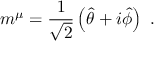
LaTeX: m ^ { \mu } = { \frac { 1 } { \sqrt { 2 } } } \left( { \hat { \theta } } + i { \hat { \phi } } \right) \ .